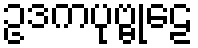
ဥဒကပုဗ္ဗုဠေ